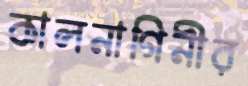
কালনাগিনীর